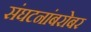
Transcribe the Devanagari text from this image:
संघटनांबरोबर